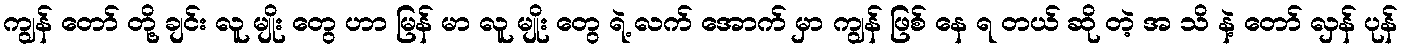
ကျွန် တော် တို့ ချင်း လူ မျိုး တွေ ဟာ မြန် မာ လူ မျိုး တွေ ရဲ့ လက် အောက် မှာ ကျွန် ဖြစ် နေ ရ တယ် ဆို တဲ့ အ သိ နဲ့ တော် လှန် ပုန်